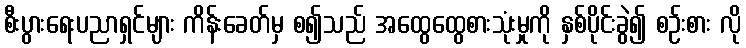
စီးပွားရေးပညာရှင်များ ကိန်းခေတ်မှ စ၍သည် အထွေထွေစားသုံးမှုကို နှစ်ပိုင်းခွဲ၍ စဉ်းစား လို